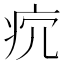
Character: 𤴺